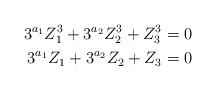
LaTeX: \begin{align*} 3^{a_1}Z_1^3+3^{a_2}Z_2^3+Z_3^3=0\\ 3^{a_1}Z_1+3^{a_2}Z_2+Z_3=0 \end{align*}